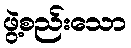
ဖွဲ့စည်းသော